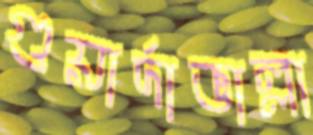
গুয়ার্দাভাল্লা